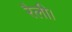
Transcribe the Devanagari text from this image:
रैली।